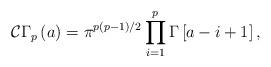
LaTeX: \begin{align*}\mathcal{C}\Gamma_p\left(a\right) = \pi^{p\left(p-1\right)/2} \prod_{i=1}^p \Gamma \left[a - i +1 \right],\end{align*}